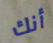
أنك